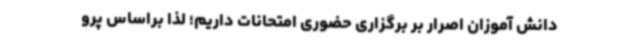
دانش آموزان اصرار بر برگزاری حضوری امتحانات داریم؛ لذا براساس پرو